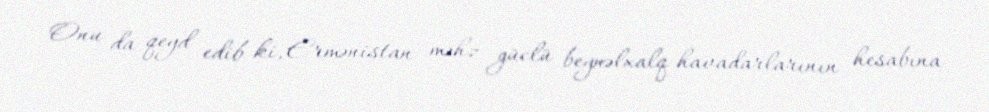
Onu da qeyd edib ki, Ermənistan məhz güclü beynəlxalq havadarlarının hesabına